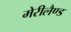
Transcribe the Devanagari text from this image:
मेरीलैण्ड